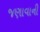
જણાવાની